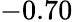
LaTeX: -0.70